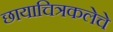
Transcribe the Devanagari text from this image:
छायाचित्रकलेचे